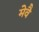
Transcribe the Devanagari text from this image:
मेवै